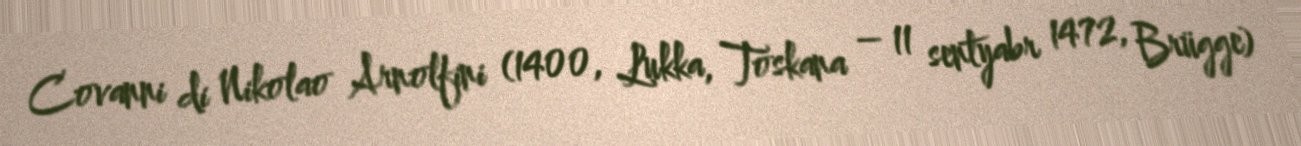
Covanni di Nikolao Arnolfini (1400, Lukka, Toskana – 11 sentyabr 1472, Brügge)